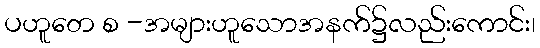
ပဟူတေ စ -အများဟူသောအနက်၌လည်းကောင်း၊